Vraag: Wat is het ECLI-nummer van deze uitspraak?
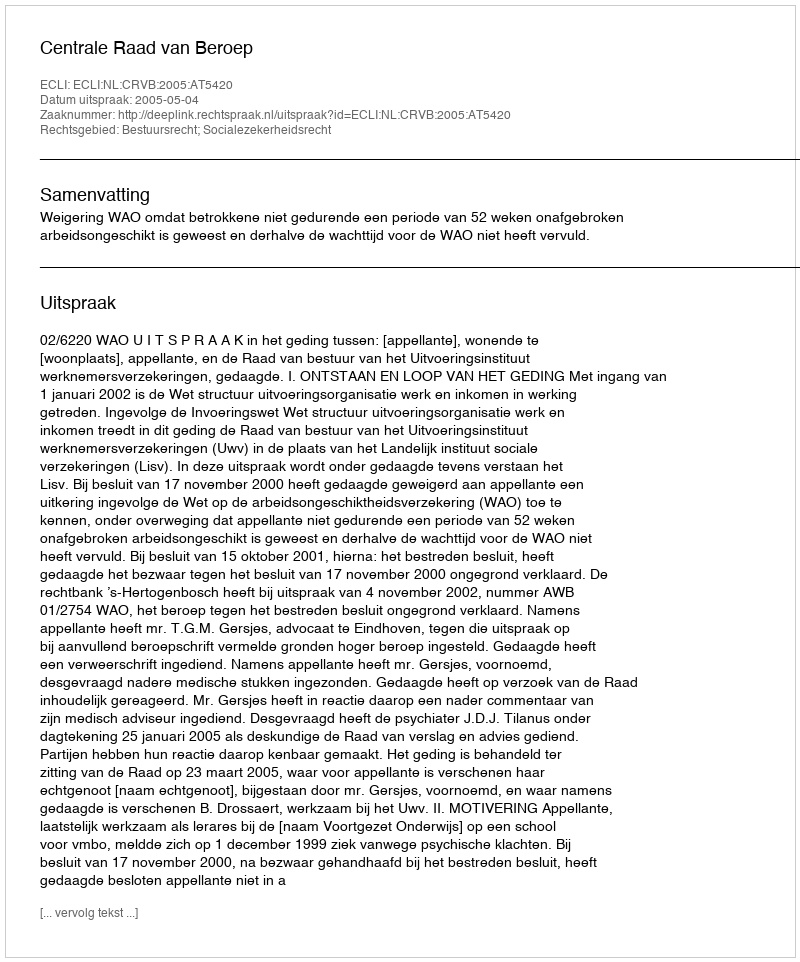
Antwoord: ECLI:NL:CRVB:2005:AT5420